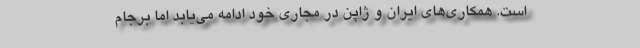
است. همکاری‌های ایران و ژاپن در مجاری خود ادامه می‌یابد اما برجام